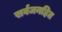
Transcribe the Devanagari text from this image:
सर्वजनहित